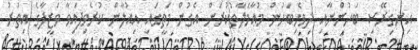
އިނގިރޭސި ބަހުންނާއި ދިވެހިބަހުން މުޢާމަލާތުކުރަން އެގުން މަތީގައި އިއުލާން ކުރެވިފައިވާ ވަޒީފާގެ އިތުރު